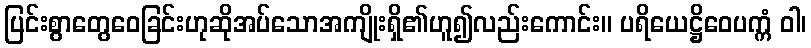
ပြင်းစွာတွေဝေခြင်းဟုဆိုအပ်သောအကျိုးရှိ၏ဟူ၍လည်းကောင်း။ ပရိယေဋ္ဌိဝေပက္ကံ ဝါ၊